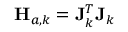
\mathbf { H } _ { a , k } = \mathbf { J } _ { k } ^ { T } \mathbf { J } _ { k }